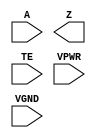
module sky130_fd_sc_hs__einvp (
    //# {{data|Data Signals}}
    input  A   ,
    output Z   ,

    //# {{control|Control Signals}}
    input  TE  ,

    //# {{power|Power}}
    input  VPWR,
    input  VGND
);
endmodule